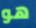
هو